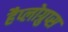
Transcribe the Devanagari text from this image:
हैप्लोग्रुप्स